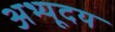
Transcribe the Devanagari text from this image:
अभ्यूदय